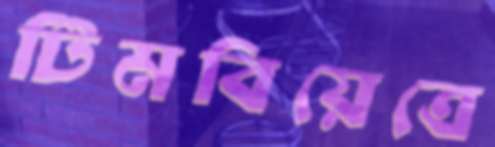
টিমবিয়েত্রে